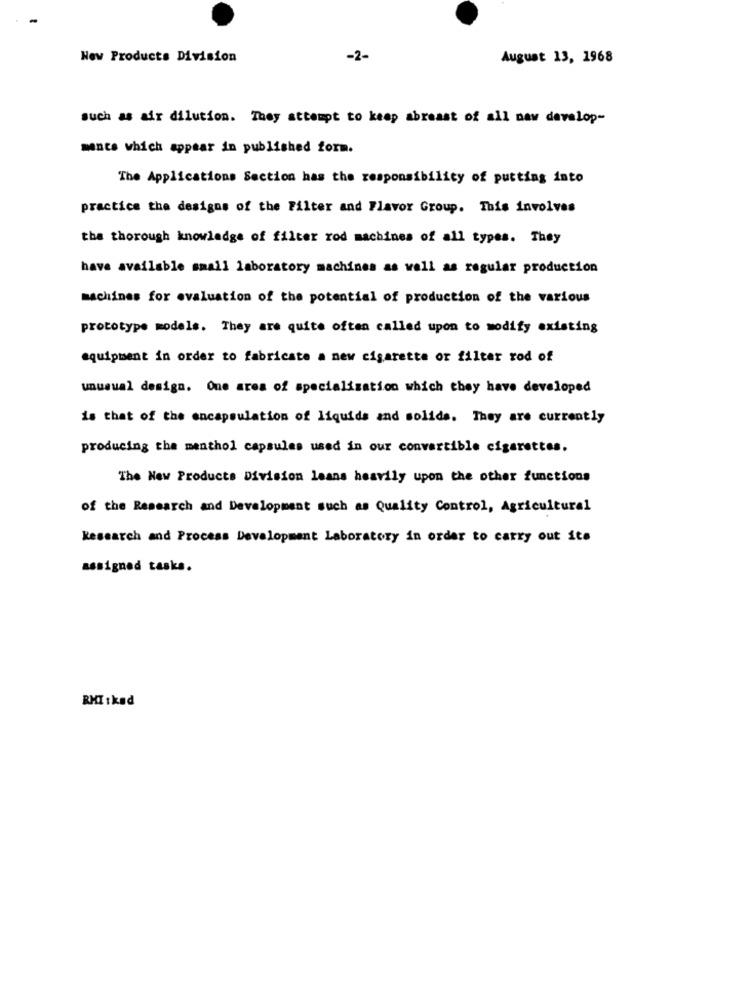
New Products Division
-2-
August 13, 1968
such as air dilution. They attempt to keep abreast of all naw develop-
ments which appear in published form.
The Applications Section has the responsibility of putting into
practice the designs of the Filter and Flavor Group. This involves
the thorough knowledge of filter rod machines of all types. They
have available small laboratory machines as well as regular production
machines for evaluation of the potential of production of the various
prototype models. They are quite often called upon to modify existing
equipment in order to fabricate a new cigarette or filter rod of
unusual design. One area of specialization which they have developed
is that of the encapsulation of liquids and solids. They are currently
producing the menthol capsules used in our convertible cigarettes.
The New Products Division leans heavily upon the other functions
of the Research and Development such as Quality Control, Agricultural
Research and Process Development Laboratory in order to carry out ite
assigned tasks.
RMI: kød